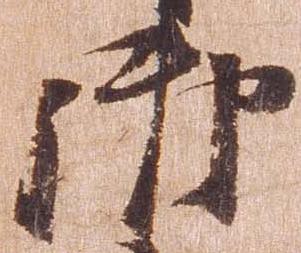
御